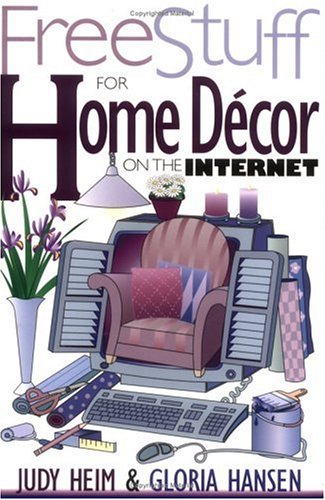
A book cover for Free Stuff for Home Decor on the Internet; Judy Heim; Computers & Technology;